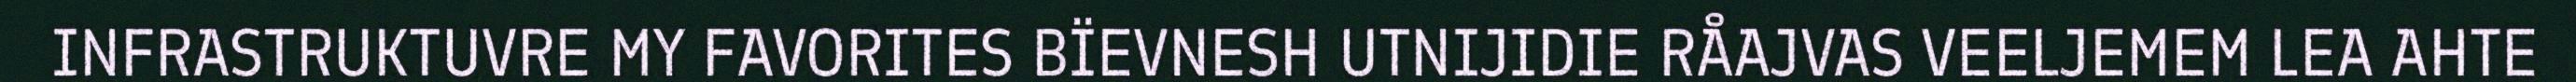
INFRASTRUKTUVRE MY FAVORITES BÏEVNESH UTNIJIDIE RÅAJVAS VEELJEMEM LEA AHTE